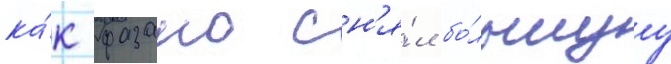
ка́к фазано сн'я́л бо́льшуу